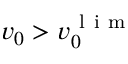
v _ { 0 } > v _ { 0 } ^ { \mathrm { ~ l ~ i ~ m ~ } }